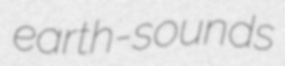
earth-sounds